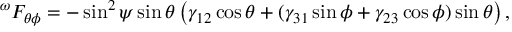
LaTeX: ^ { \omega } F _ { \theta \phi } = - \sin ^ { 2 } \psi \sin \theta \left( \gamma _ { 1 2 } \cos \theta + ( \gamma _ { 3 1 } \sin \phi + \gamma _ { 2 3 } \cos \phi ) \sin \theta \right) ,